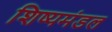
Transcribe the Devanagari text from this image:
शिष्यमंडल